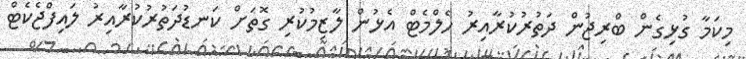
މިކަމާ ގުޅިގެން ބްރިޖުން ދަތުރުކުރާއިރު ހެލްމެޓް އެޅުން ލާޒިމުކުރި ގޮތަށް ކަނޑުދަތުރުކުރާއިރު ލައިފްޖެކެޓް